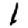
Digit: 1